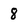
Character: 8